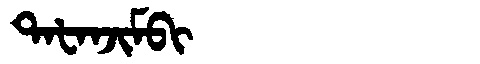
Manchu: ᡨᠠᡶᠠᠨᠵᡳᠮᠪᡳ
Romanization: TAFANJIMBI